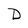
Character: D